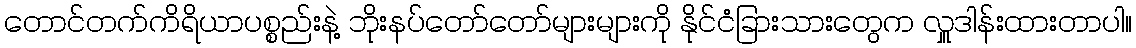
တောင်တက်ကိရိယာပစ္စည်းနဲ့ ဘိုးနပ်တော်တော်များများကို နိုင်ငံခြားသားတွေက လှူဒါန်းထားတာပါ။